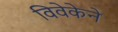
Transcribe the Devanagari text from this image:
विवेकेने